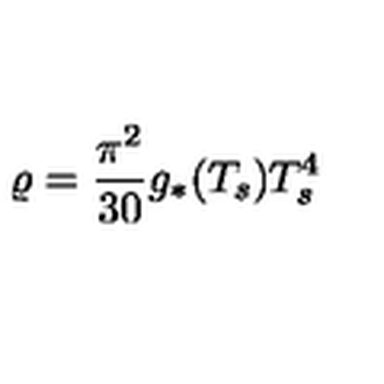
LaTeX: \varrho = \frac { \pi ^ { 2 } } { 3 0 } g _ { \ast } ( T _ { s } ) T _ { s } ^ { 4 }